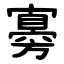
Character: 㝰